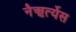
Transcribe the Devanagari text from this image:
नैऋर्त्येस